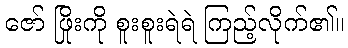
ဇော် ဖြိုးကို စူးစူးရဲရဲ ကြည့်လိုက်၏။